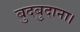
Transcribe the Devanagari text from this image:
बुदबुदाना।